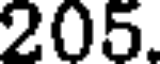
205.